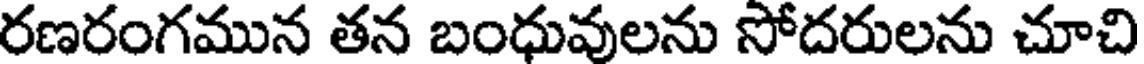
రణరంగమున తన బంధువులను సోదరులను చూచి